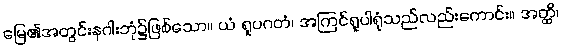
မြေ၏အတွင်းနဂါးဘုံ၌ဖြစ်သော။ ယံ ရူပဂတံ၊ အကြင်ရူပါရုံသည်လည်းကောင်း။ အတ္ထိ၊